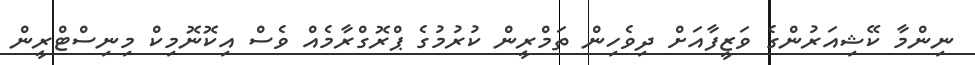
ނިންމާ ކޭޝިއަރުންގެ ވަޒީފާއަށް ދިވެހިން ތަމްރީން ކުރުމުގެ ޕްރޮގްރާމެއް ވެސް އިކޮނޮމިކް މިނިސްޓްރީން